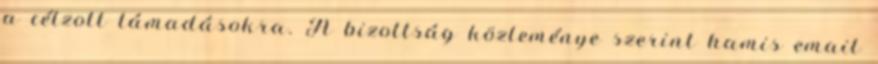
a célzott támadásokra. A bizottság közleménye szerint hamis email